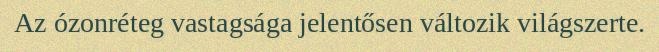
Az ózonréteg vastagsága jelentősen változik világszerte.